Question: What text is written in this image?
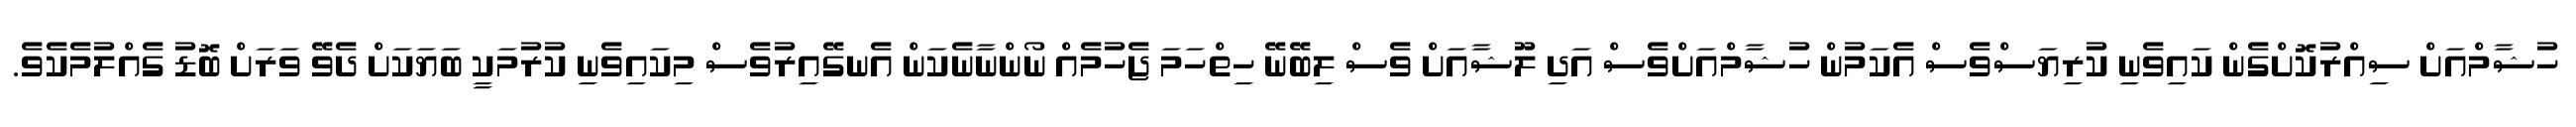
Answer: ހުޝާމްއަށް ސިއްރުކޮށްގެން ކައިވެނި ކުރިޔަސްވެސް އެކަމުން ހުޝާމްއަށްވެސް އަދި ލޫޝާއަށް ވެސް ލިބޭނޭ ހިތްހަމަ ޖެހުމެއް ނޯންނާނެކަން އެނގޭއިރުވެސް މިކައިވެނި ކުރުމަކީ ބަޔަކަށް ދެވޭ ވަރަށް ބޮޑު ގެއްލުމެކެވެ.